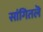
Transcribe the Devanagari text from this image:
सांगितलॆ